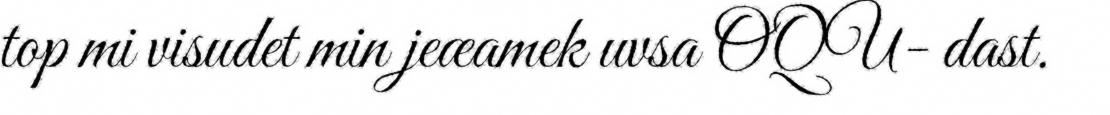
top mi visudet min jeæamek uvsa OQU- dast.